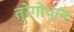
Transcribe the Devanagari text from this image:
त्रेगोपान